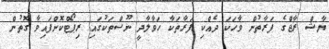
ޔާޝް ރާޖްގެ ފަރާތުން ވާހަކަ ދެއްކި ފަރާތަކާ ހަވާލާދީ ނޫސްތަކުގައި ރިޕޯޓްކޮށްފައިވާ ގޮތުން